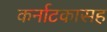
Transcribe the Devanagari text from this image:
कर्नाटकासह